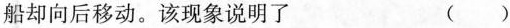
船却向后移动。该现象说明了 ()